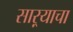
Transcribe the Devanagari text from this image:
साऱ्याचा